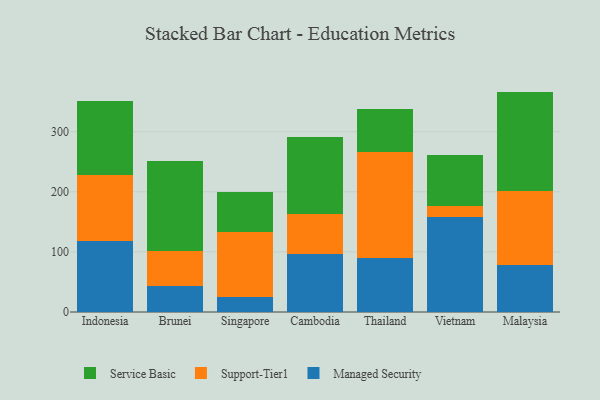
{"axis": {"x": "Country", "y": "Headcount"}, "legend": ["Managed Security", "Service Basic", "Support-Tier1"], "data": [{"x": "Indonesia", "y": 117.6, "type": "Managed Security"}, {"x": "Indonesia", "y": 109.7, "type": "Support-Tier1"}, {"x": "Indonesia", "y": 123.4, "type": "Service Basic"}, {"x": "Brunei", "y": 43.6, "type": "Managed Security"}, {"x": "Brunei", "y": 57.7, "type": "Support-Tier1"}, {"x": "Brunei", "y": 150.0, "type": "Service Basic"}, {"x": "Singapore", "y": 24.7, "type": "Managed Security"}, {"x": "Singapore", "y": 108.2, "type": "Support-Tier1"}, {"x": "Singapore", "y": 66.7, "type": "Service Basic"}, {"x": "Cambodia", "y": 96.2, "type": "Managed Security"}, {"x": "Cambodia", "y": 67.2, "type": "Support-Tier1"}, {"x": "Cambodia", "y": 127.4, "type": "Service Basic"}, {"x": "Thailand", "y": 89.2, "type": "Managed Security"}, {"x": "Thailand", "y": 176.9, "type": "Support-Tier1"}, {"x": "Thailand", "y": 71.2, "type": "Service Basic"}, {"x": "Vietnam", "y": 158.0, "type": "Managed Security"}, {"x": "Vietnam", "y": 18.3, "type": "Support-Tier1"}, {"x": "Vietnam", "y": 84.4, "type": "Service Basic"}, {"x": "Malaysia", "y": 78.4, "type": "Managed Security"}, {"x": "Malaysia", "y": 122.8, "type": "Support-Tier1"}, {"x": "Malaysia", "y": 165.5, "type": "Service Basic"}]}